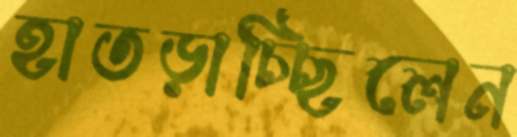
হাতড়াচ্ছিলেন